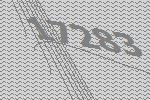
17283